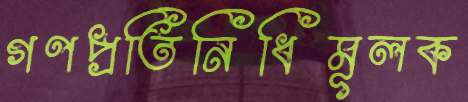
গণপ্রতিনিধিমূলক